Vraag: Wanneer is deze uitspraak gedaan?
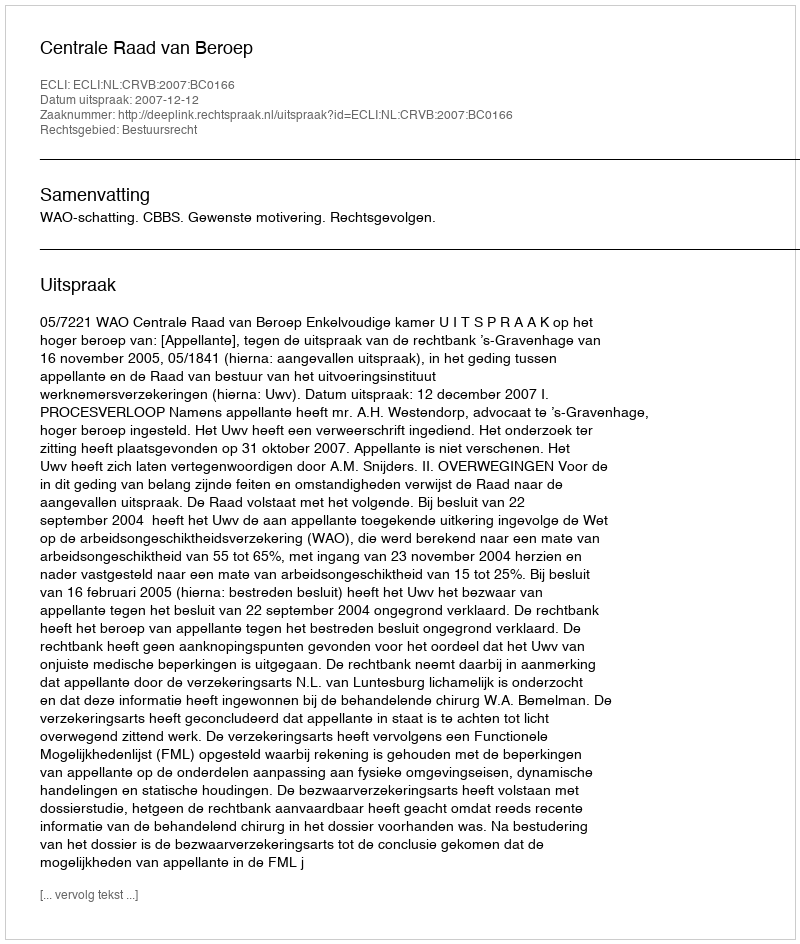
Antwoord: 2007-12-12